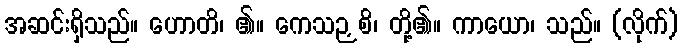
အဆင်းရှိသည်။ ဟောတိ၊ ၏။ ကေသဉှစိ၊ တို့၏။ ကာယော၊ သည်။ (လိုက်)